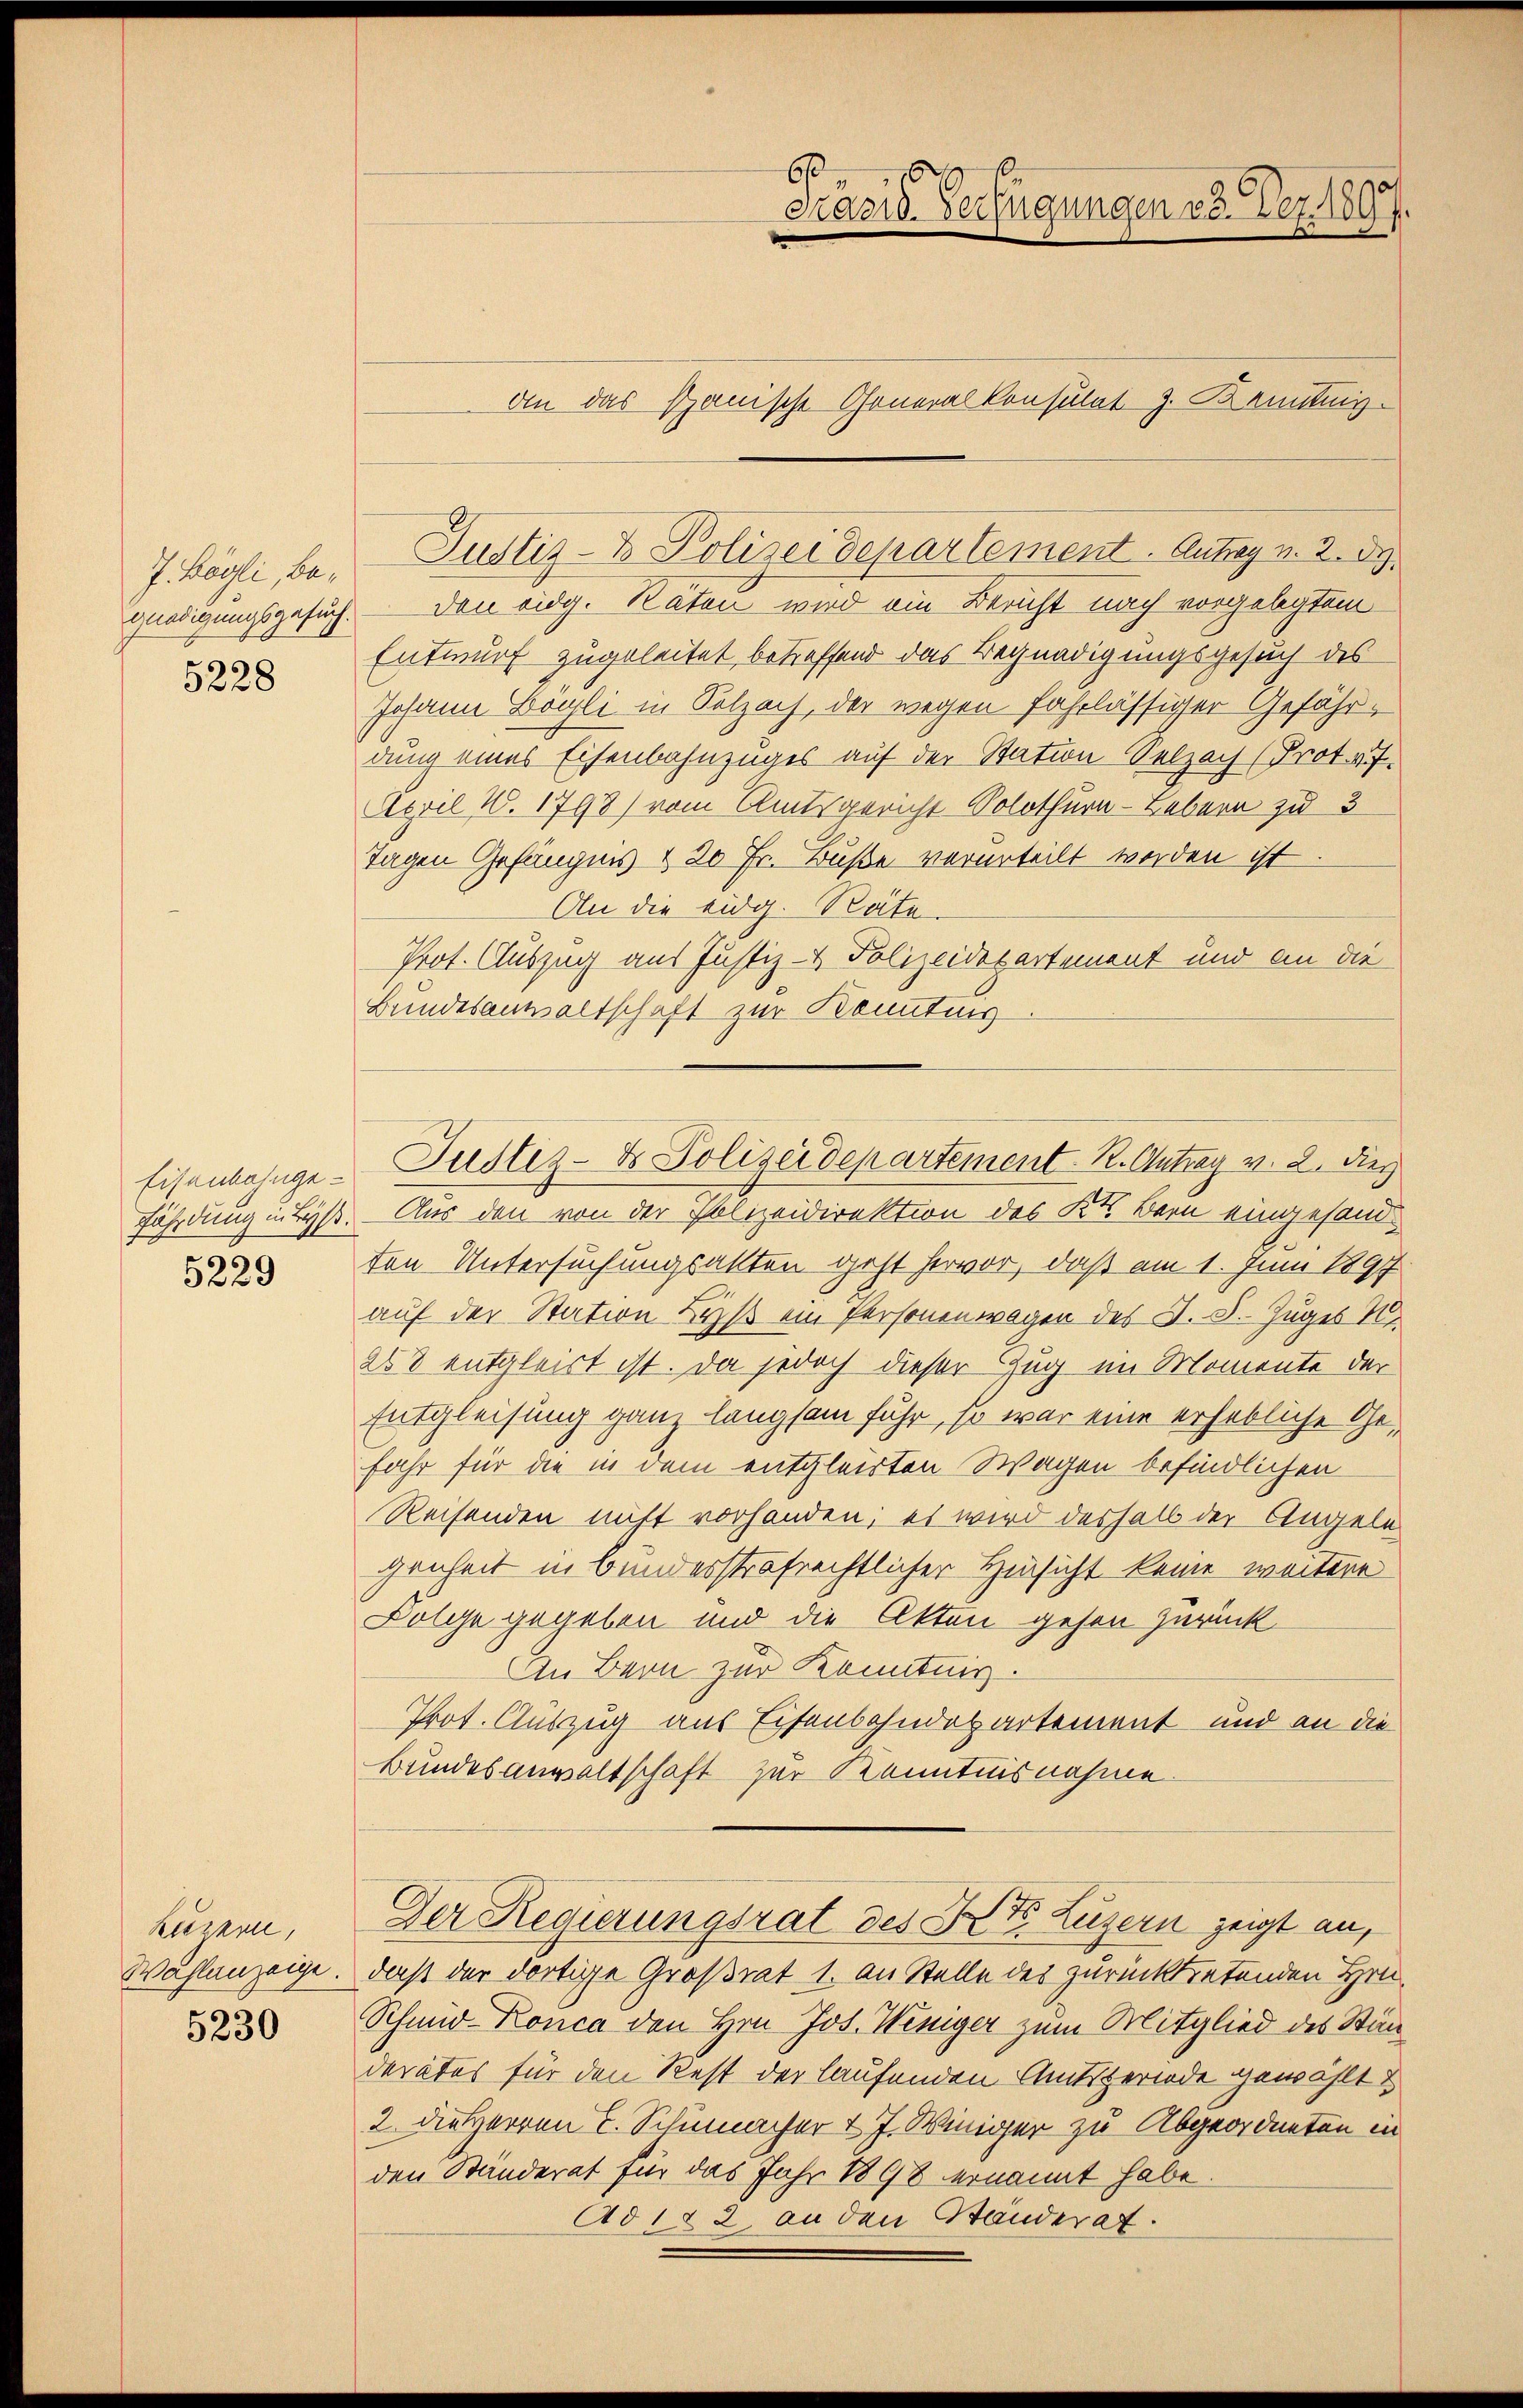
. Mögli, begnadigungsgesuch.
5228

Eisenbahngefährdung in Byss.

Luzern,
Wahlanzeige.

5230

den eidg. Räten wird ein Bericht nach vorgelegtem
Entwurf zugeleitet, betreffend das Begnadigungsgesuch des
Johann Bögli in Salzach, der wegen fahrlässiger Gefährdung eines Eisenbahnzuges auf der Station Selzach (Prot. v. 7.
April 1. 1798) vom Amtsgericht Solothurn - Lebern zu 3
Tagen Gefängnis & 20 Fr. Buße verurteilt worden ist.
An die eidg. Räte.
Prot. Auszug aus Justiz- & Polizeidepartement und an die
Bundesanwaltschaft zur Kenntnis
Aus den von der Polizeidirektion des Kt. Bern eingesand¬
3 ten Untersuchungsalten geht hervor, daß am 1. Juni 1897
auf der Station Lyß ein Personenwagen des J. S. Zuges N.
258 entgleich ist. Da jedoch dieser Zug im Momente der
Entgleisung ganz langsam fuhr, so war eine erhebliche Gefahr für die in dem entgleisten Wagen befindlichen
Reisenden nicht vorhanden; es wird deshalb der Angeln
genheit in bundesstrafrechtlicher Hinsicht keine weitere
Folge gegeben und die Akten gehen zurück
An Bern zur Kenntnis.
Prot. Auszug aus Eisenbahndepartement und an die
Bundesanwaltschaft zur Kenntnisnahme
Der Regierungsrat des St. Luzern zeigt an,
daß der dortige Großrat 1. an Stelle des zurücktretenden Heu¬
Schmid Ronca den Hrn. Jos. Weniger zum Mitglied des Ständerates für den Rest der laufenden Amtsperiode gewählt
2. Die Herren L. Schumacher & J. Winiger zu Abgeordneten in
den Standerat für das Jahr 1898 ernannt habe.
Ad 122, an den Ständerat.

6
Prasid. Verfügungen 33. Dez. 1897.
An das Panische Generalkonsulat J. Kenntnis

Justiz- & Polizeidepartement. Antrag v. 2. d.

Justiz- & Polizeidepartement R. Antrag v. 2. dies